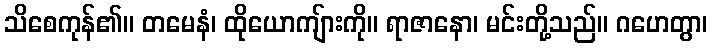
သိစေကုန်၏။ တမေနံ၊ ထိုယောကျ်ားကို။ ရာဇာနော၊ မင်းတို့သည်။ ဂဟေတွာ၊